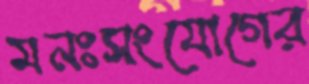
মনঃসংযোগের